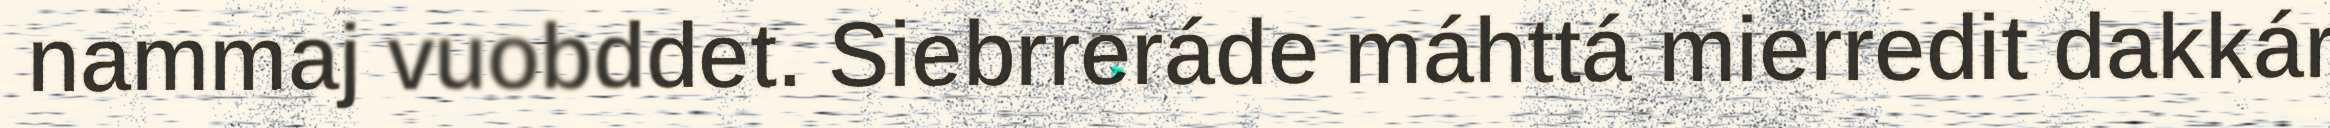
nammaj vuobddet. Siebrreráde máhttá mierredit dakkár